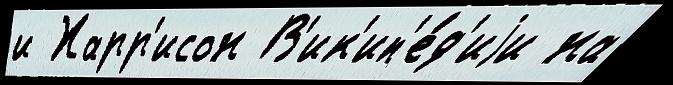
и Харр'исон В'ик'ип'е́д'иjи на